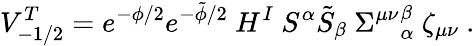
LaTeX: V_{-1/2}^{T}=e^{-\phi/2}e^{-\tilde{\phi}/2}~H^{I}~S^{\alpha}\tilde{S}_{\beta}~{\Sigma^{\mu\nu}}_{\alpha}^{\beta}~\zeta_{\mu\nu}\ .